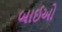
બાઈઓ